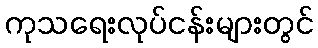
ကုသရေးလုပ်ငန်းများတွင်